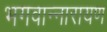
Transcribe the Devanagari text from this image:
भगवान्नारायण